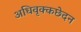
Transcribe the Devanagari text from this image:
अधिवृक्कछेदन